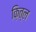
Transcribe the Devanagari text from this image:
क़ित्ल